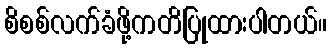
စိစစ်လက်ခံဖို့ကတိပြုထားပါတယ်။